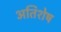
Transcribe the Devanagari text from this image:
अतिशेष